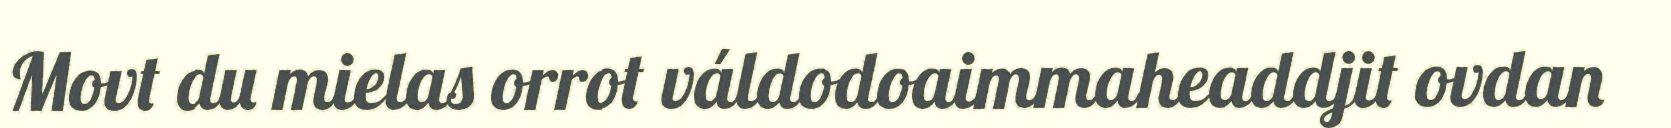
Movt du mielas orrot váldodoaimmaheaddjit ovdan